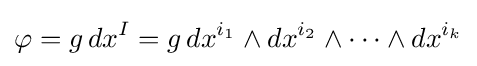
\varphi =g\,dx^{I}=g\,dx^{i_{1}}\wedge dx^{i_{2}}\wedge \cdots \wedge dx^{i_{k}}